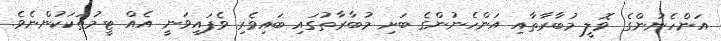
އަންހެނުންގެ ވޮލީ މުބާރާތާއި އަންހެނުންގެ ބަށި މުބާރާތުގައި ބައިވެރި ވެފައިވަނީ އެއް ޓީމުތަކަކުންނެވެ.